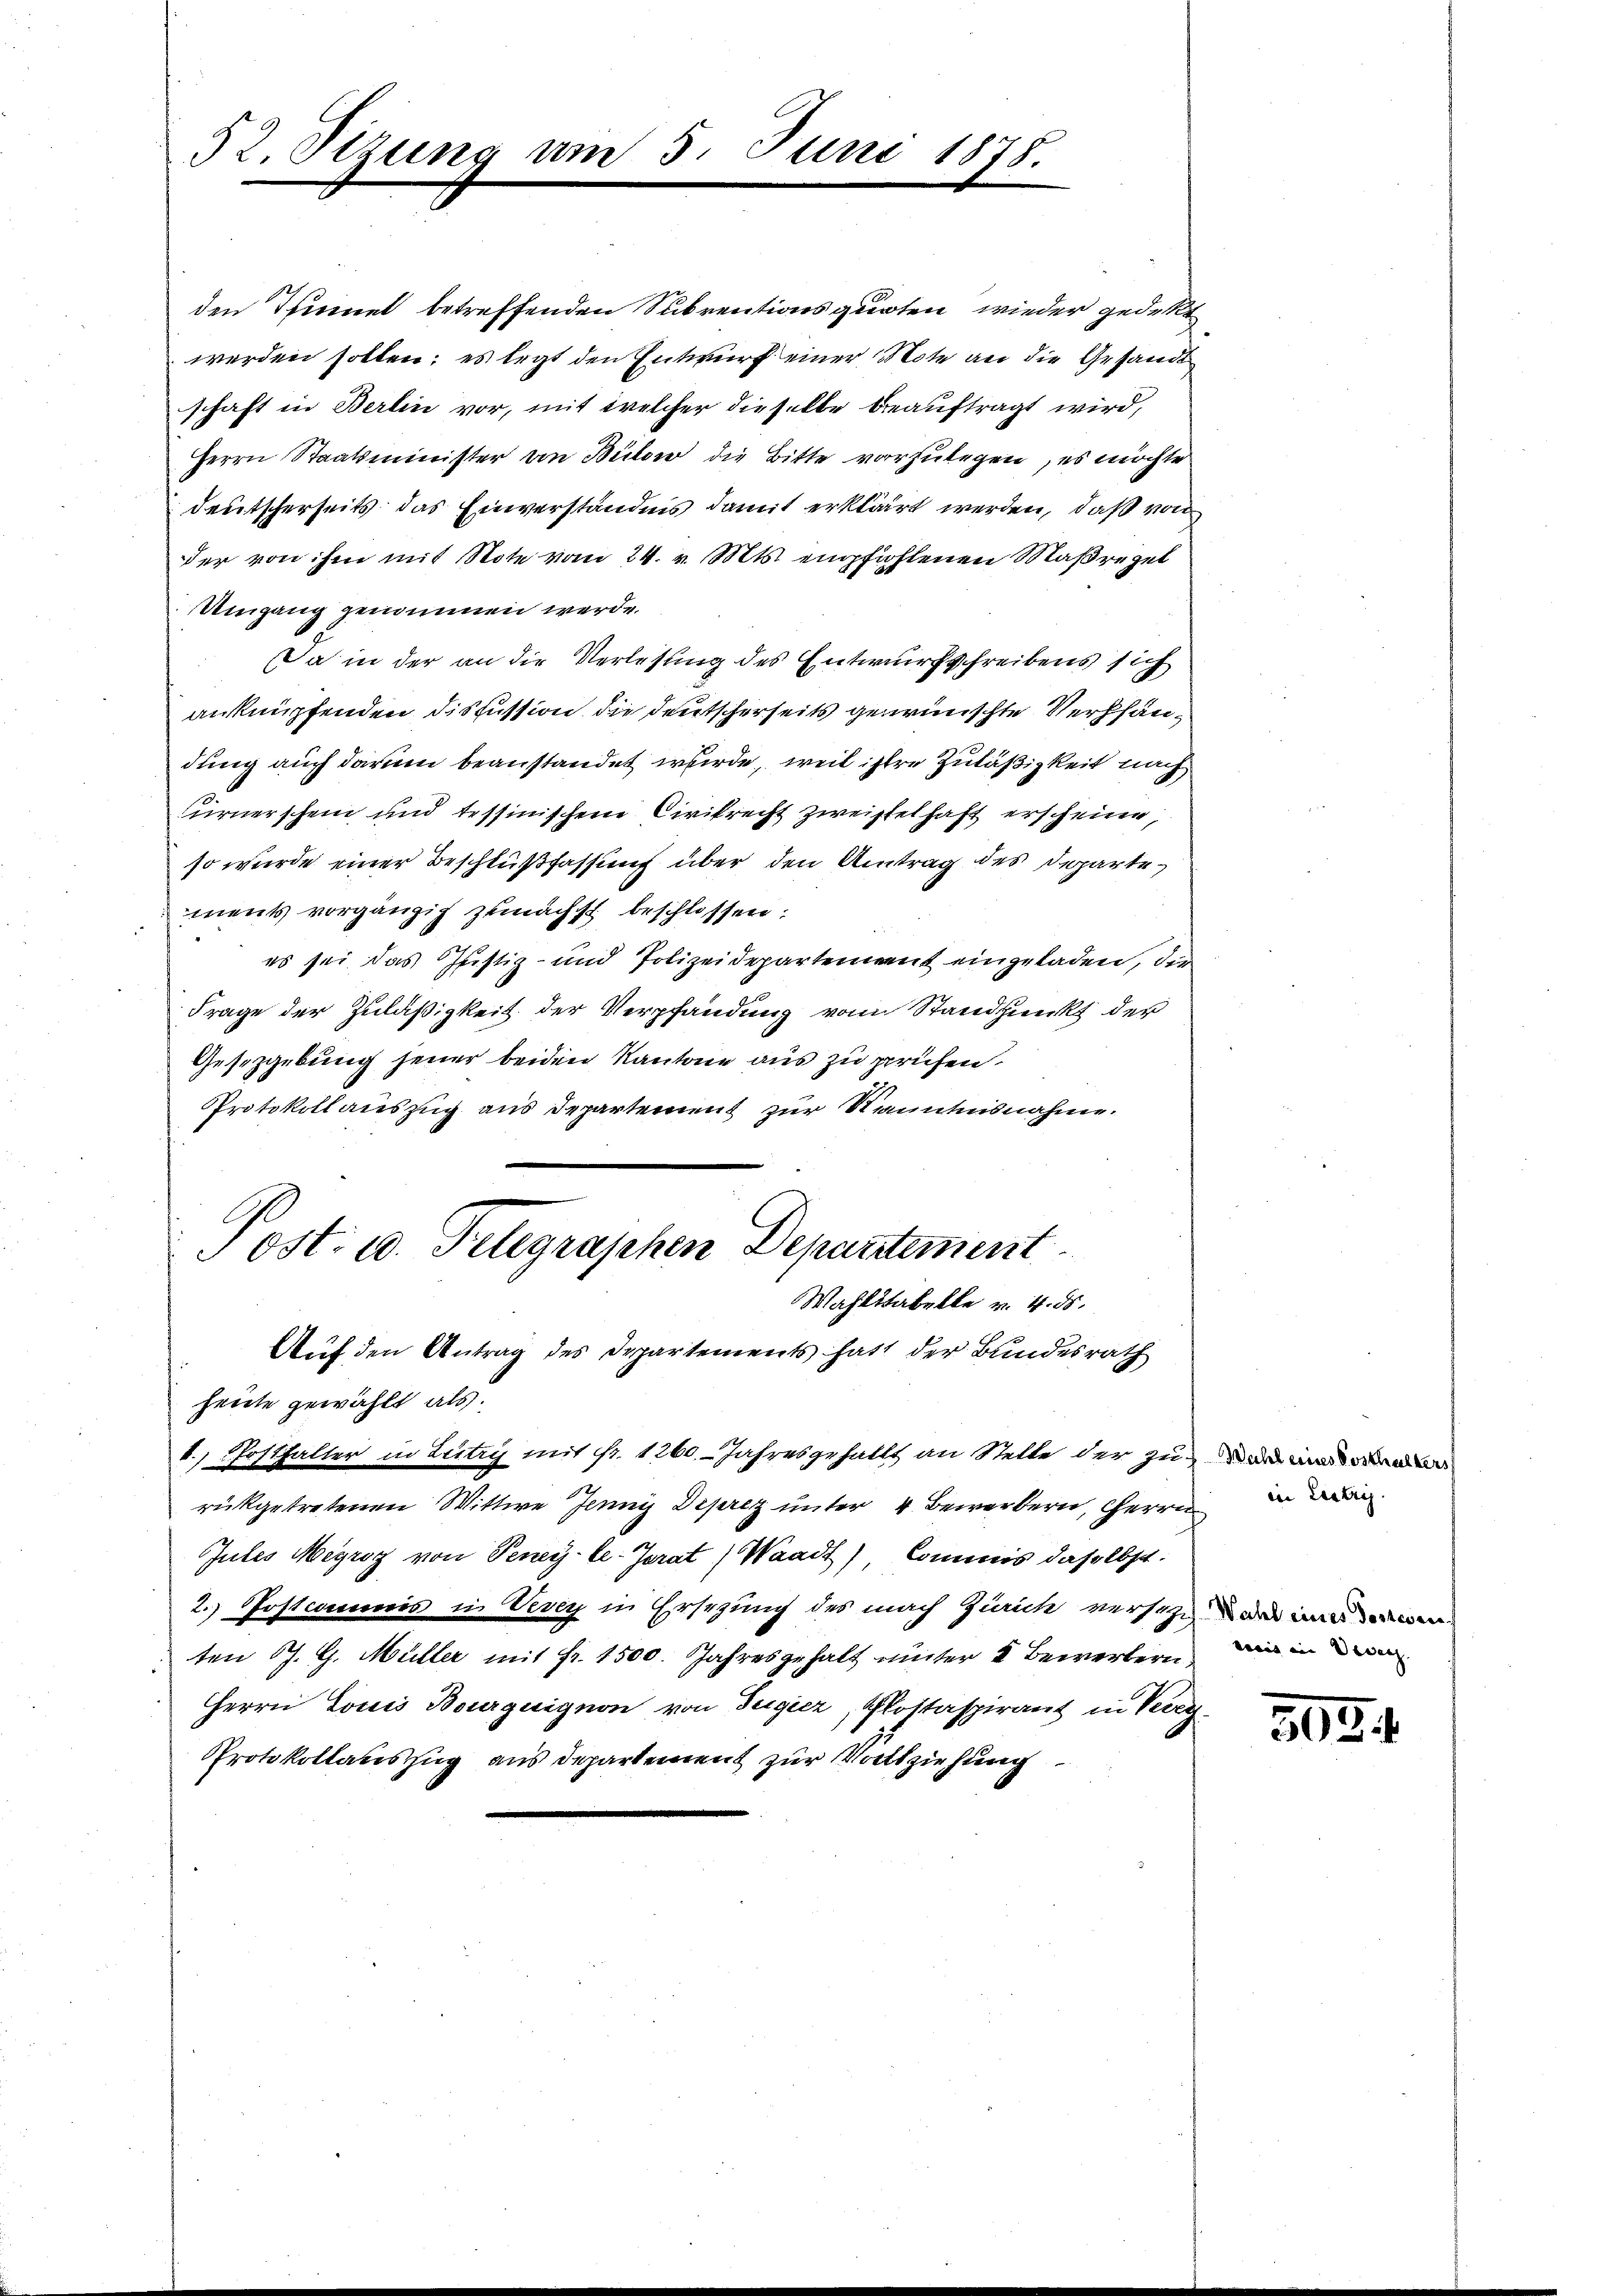
52. Sizung um

den Thinnet betreffenden Subrentionsquoten, wieder gedekt
werden sollen; es legt den Entwurf einer Note an die Gesandt
schaft in Berlin vor, mit welcher dieselbe beauftragt wird,
Herrn Staatsminister von Bülow die Bitte vorzulegen, es möchte
deutscherseits das Einverständnis damit erklärt werden, daß von
der von ihm mit Note vom 24. v. Mts. empfehlenen Maßregel
Umgang genommen werde.
Da in der an die Verlesung des Entwurfschreibens sich
anknüpfenden Discussion die deutscherseits gewünschte Verhändung auch darnen beanstandet wurde, weil istre Zuläßigkeit nach
urnerschein und tessinischen Civilrecht zweifelhaft erscheine,
so wurde einer Beschlußfassung über den Antrag des Departe
ments vorgänzig zunächst beschlossen:
es sei das Justiz- und Polizeidepartement eingeladen, die
Frage der Zuläßigkeit der Verpfandung vom Standpunkt der
Gesetzgebung feuer beiden Kantone aus zu prüfen.
Protokoll auszug aus Departement zur Kenntnisnahme.
Post. u. Telegraphen Departement
Wahlstabelle v. 4. ds.
Auf den Antrag des Departements hatt der Bundesrath
heute gewählt als
1. Posthalter in Lutry mit fr. 1260. Jahresgehallt an Stelle der zu
rükgetretenen Wittwe Jenni Deprez unter 4 Bewerbern, Herrn
Jutes Megroz von Peney-le-Jerat Waadt), Commis daselbst.
2.) Postcommis in Vevey in Ersezung des nach Zürich versehe an minderen
ten S. G. Müller mit Fr. 1500. Jahresgehalt unter I Bewerberen, wie in ein
Herrn Louis Bourguignon von Tugier, Postaspirant in Verei¬
Protokollauszug aus Departement zur Vollziehung

15. Juni 1878.

505.